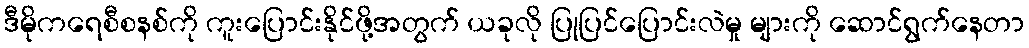
ဒီမိုကရေစီစနစ်ကို ကူးပြောင်းနိုင်ဖို့အတွက် ယခုလို ပြုပြင်ပြောင်းလဲမှု များကို ဆောင်ရွက်နေတာ